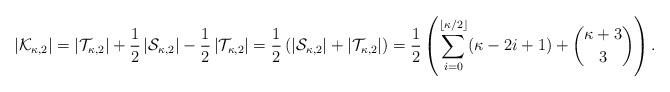
LaTeX: \begin{align*}|\mathcal K_{\kappa,2}| &= \left |\mathcal T_{\kappa,2}\right | + \frac12\left |\mathcal S_{\kappa,2} \right|- \frac12\left |\mathcal T_{\kappa,2} \right | = \frac12\left( \left|\mathcal S_{\kappa,2}\right |+ \left |\mathcal T_{\kappa,2} \right |\right)= \frac12\left( \sum_{i=0}^{\lfloor\kappa/2\rfloor} (\kappa-2i +1)+\binom{\kappa+3}{3} \right ).\end{align*}